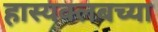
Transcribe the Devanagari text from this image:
हास्यक्लबच्या